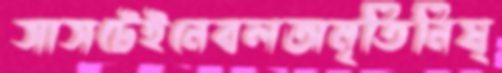
সাসটেইনেবলঅমৃতিনিষ্